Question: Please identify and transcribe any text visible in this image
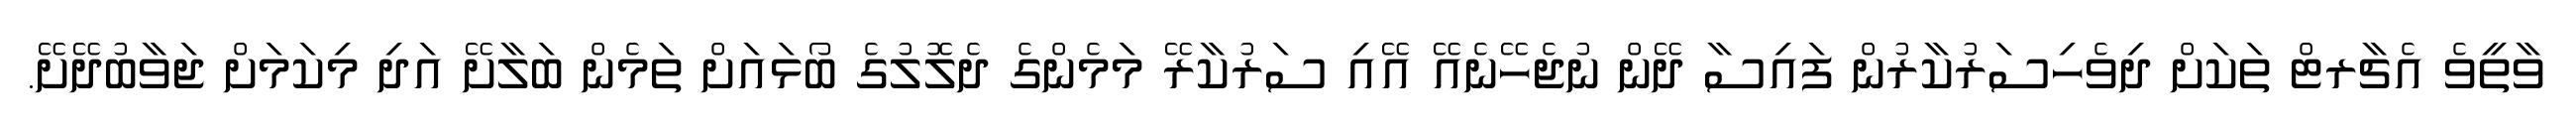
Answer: ވާތީވެ އެޗާރޓް ތަކަށް ދިވެހިސަރުކާރުން ފައިސާ ދޭން ނުޖެހޭނެއޭ އޭއި ސަރުކާރޭ މަމެންގެ ދެލޮލުގެ ބޯޅައަށް ތަމެން ބަލާށޭ އަދި މިކަމަށް ޖަވާބުދޭށޭ.